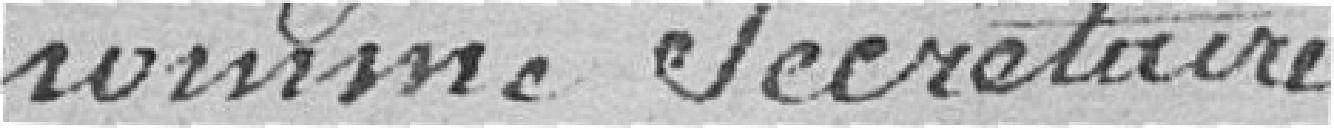
Gannevat, l'un de ses membres pour remplir les fonctions